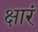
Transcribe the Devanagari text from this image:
क्षारं